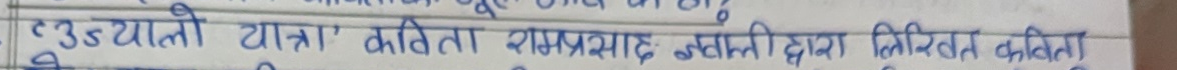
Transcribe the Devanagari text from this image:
“उद्यानको यात्रा” कविता रामप्रसाद ज्ञवालीद्वारा लिखित कविता हो ।